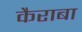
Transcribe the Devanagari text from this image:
कैराबा